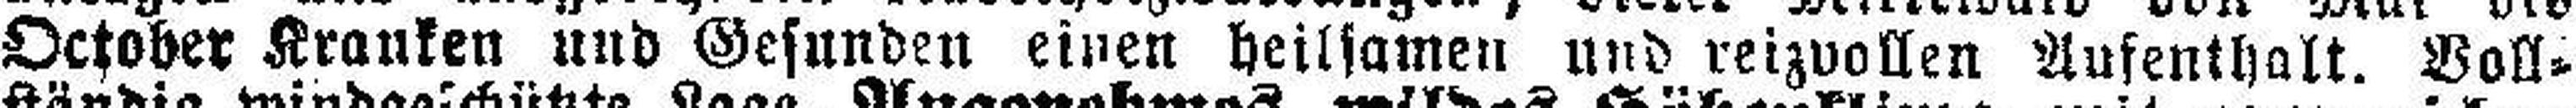
October Kranken und Gesunden einen heilsamen und reizvollen Aufenthalt. Voll¬